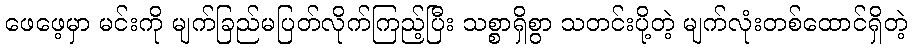
ဖေဖေ့မှာ မင်းကို မျက်ခြည်မပြတ်လိုက်ကြည့်ပြီး သစ္စာရှိစွာ သတင်းပို့တဲ့ မျက်လုံးတစ်ထောင်ရှိတဲ့